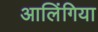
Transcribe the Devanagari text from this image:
आलिंगिया